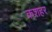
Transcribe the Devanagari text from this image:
कशहर